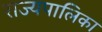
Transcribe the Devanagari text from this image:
राज्यपालिका